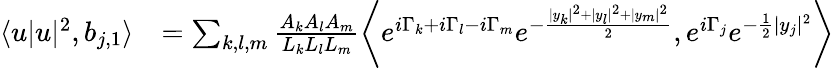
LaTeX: \begin{array}{rl}{\langle u|u|^{2},b_{j,1}\rangle}&{=\sum_{k,l,m}\frac{A_{k}A_{l}A_{m}}{L_{k}L_{l}L_{m}}\left\langle e^{i\Gamma_{k}+i\Gamma_{l}-i\Gamma_{m}}e^{-\frac{|y_{k}|^{2}+|y_{l}|^{2}+|y_{m}|^{2}}{2}},e^{i\Gamma_{j}}e^{-\frac{1}{2}|y_{j}|^{2}}\right\rangle}\end{array}